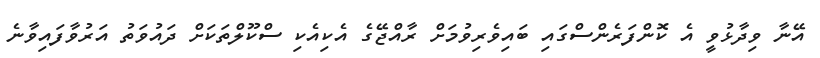
އޭނާ ވިދާޅުވީ އެ ކޮންފަރެންސްގައި ބައިވެރިވުމަށް ރާއްޖޭގެ އެކިއެކި ސްކޫލްތަކަށް ދައުވަތު އަރުވާފައިވާނެ